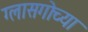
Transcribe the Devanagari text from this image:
ग्लासगोच्या